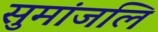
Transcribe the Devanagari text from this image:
सुमांजलि